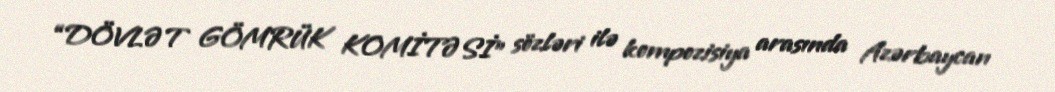
“DÖVLƏT GÖMRÜK KOMİTƏSİ” sözləri ilə kompozisiya arasında Azərbaycan